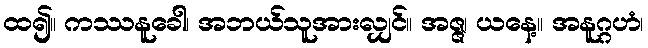
ထ၍။ ကဿနူခေါ၊ အဘယ်သူအားလျှင်။ အဇ္ဇ၊ ယနေ့။ အနူဂ္ဂဟံ၊